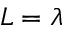
L = \lambda